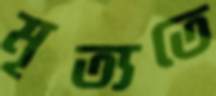
মৃত্যতে